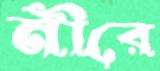
নীরে